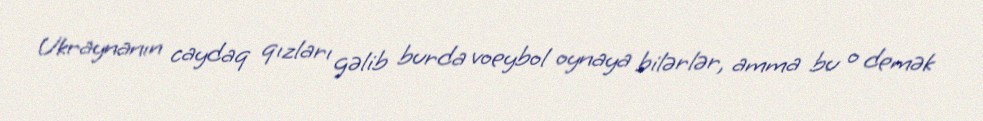
Ukraynanın caydaq qızları gəlib burda voeybol oynaya bilərlər, amma bu o demək